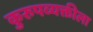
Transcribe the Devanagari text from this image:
कुरुपव्यक्तीला